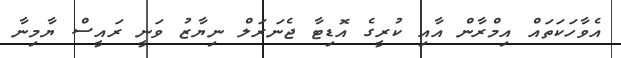
އެވާހަކަތައް އިމްރާން އާއި ކުރީގެ އޮޑިޓާ ޖެނަރަލް ނިޔާޒު ވަނީ ރައީސް ޔާމިނާ